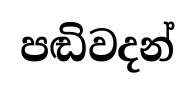
පඬිවදන්